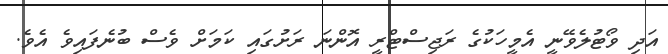
އަދި ވޯޓުލެވޭނީ އެމީހަކުގެ ރަޖިސްޓްރީ އޮންނަ ރަށުގައި ކަމަށް ވެސް ބުނެފައިވެ އެވެ.